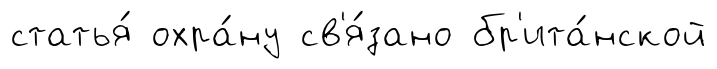
статья́ охра́ну св'я́зано бр'ита́нской